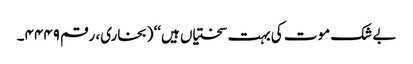
بے شک موت کی بہت سختیاں ہیں‘‘ (بخاری، رقم ۴۴۴۹۔